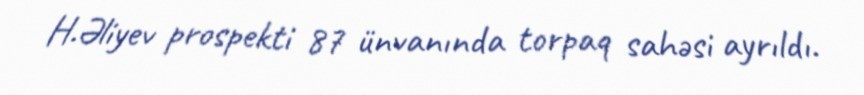
H.Əliyev prospekti 87 ünvanında torpaq sahəsi ayrıldı.